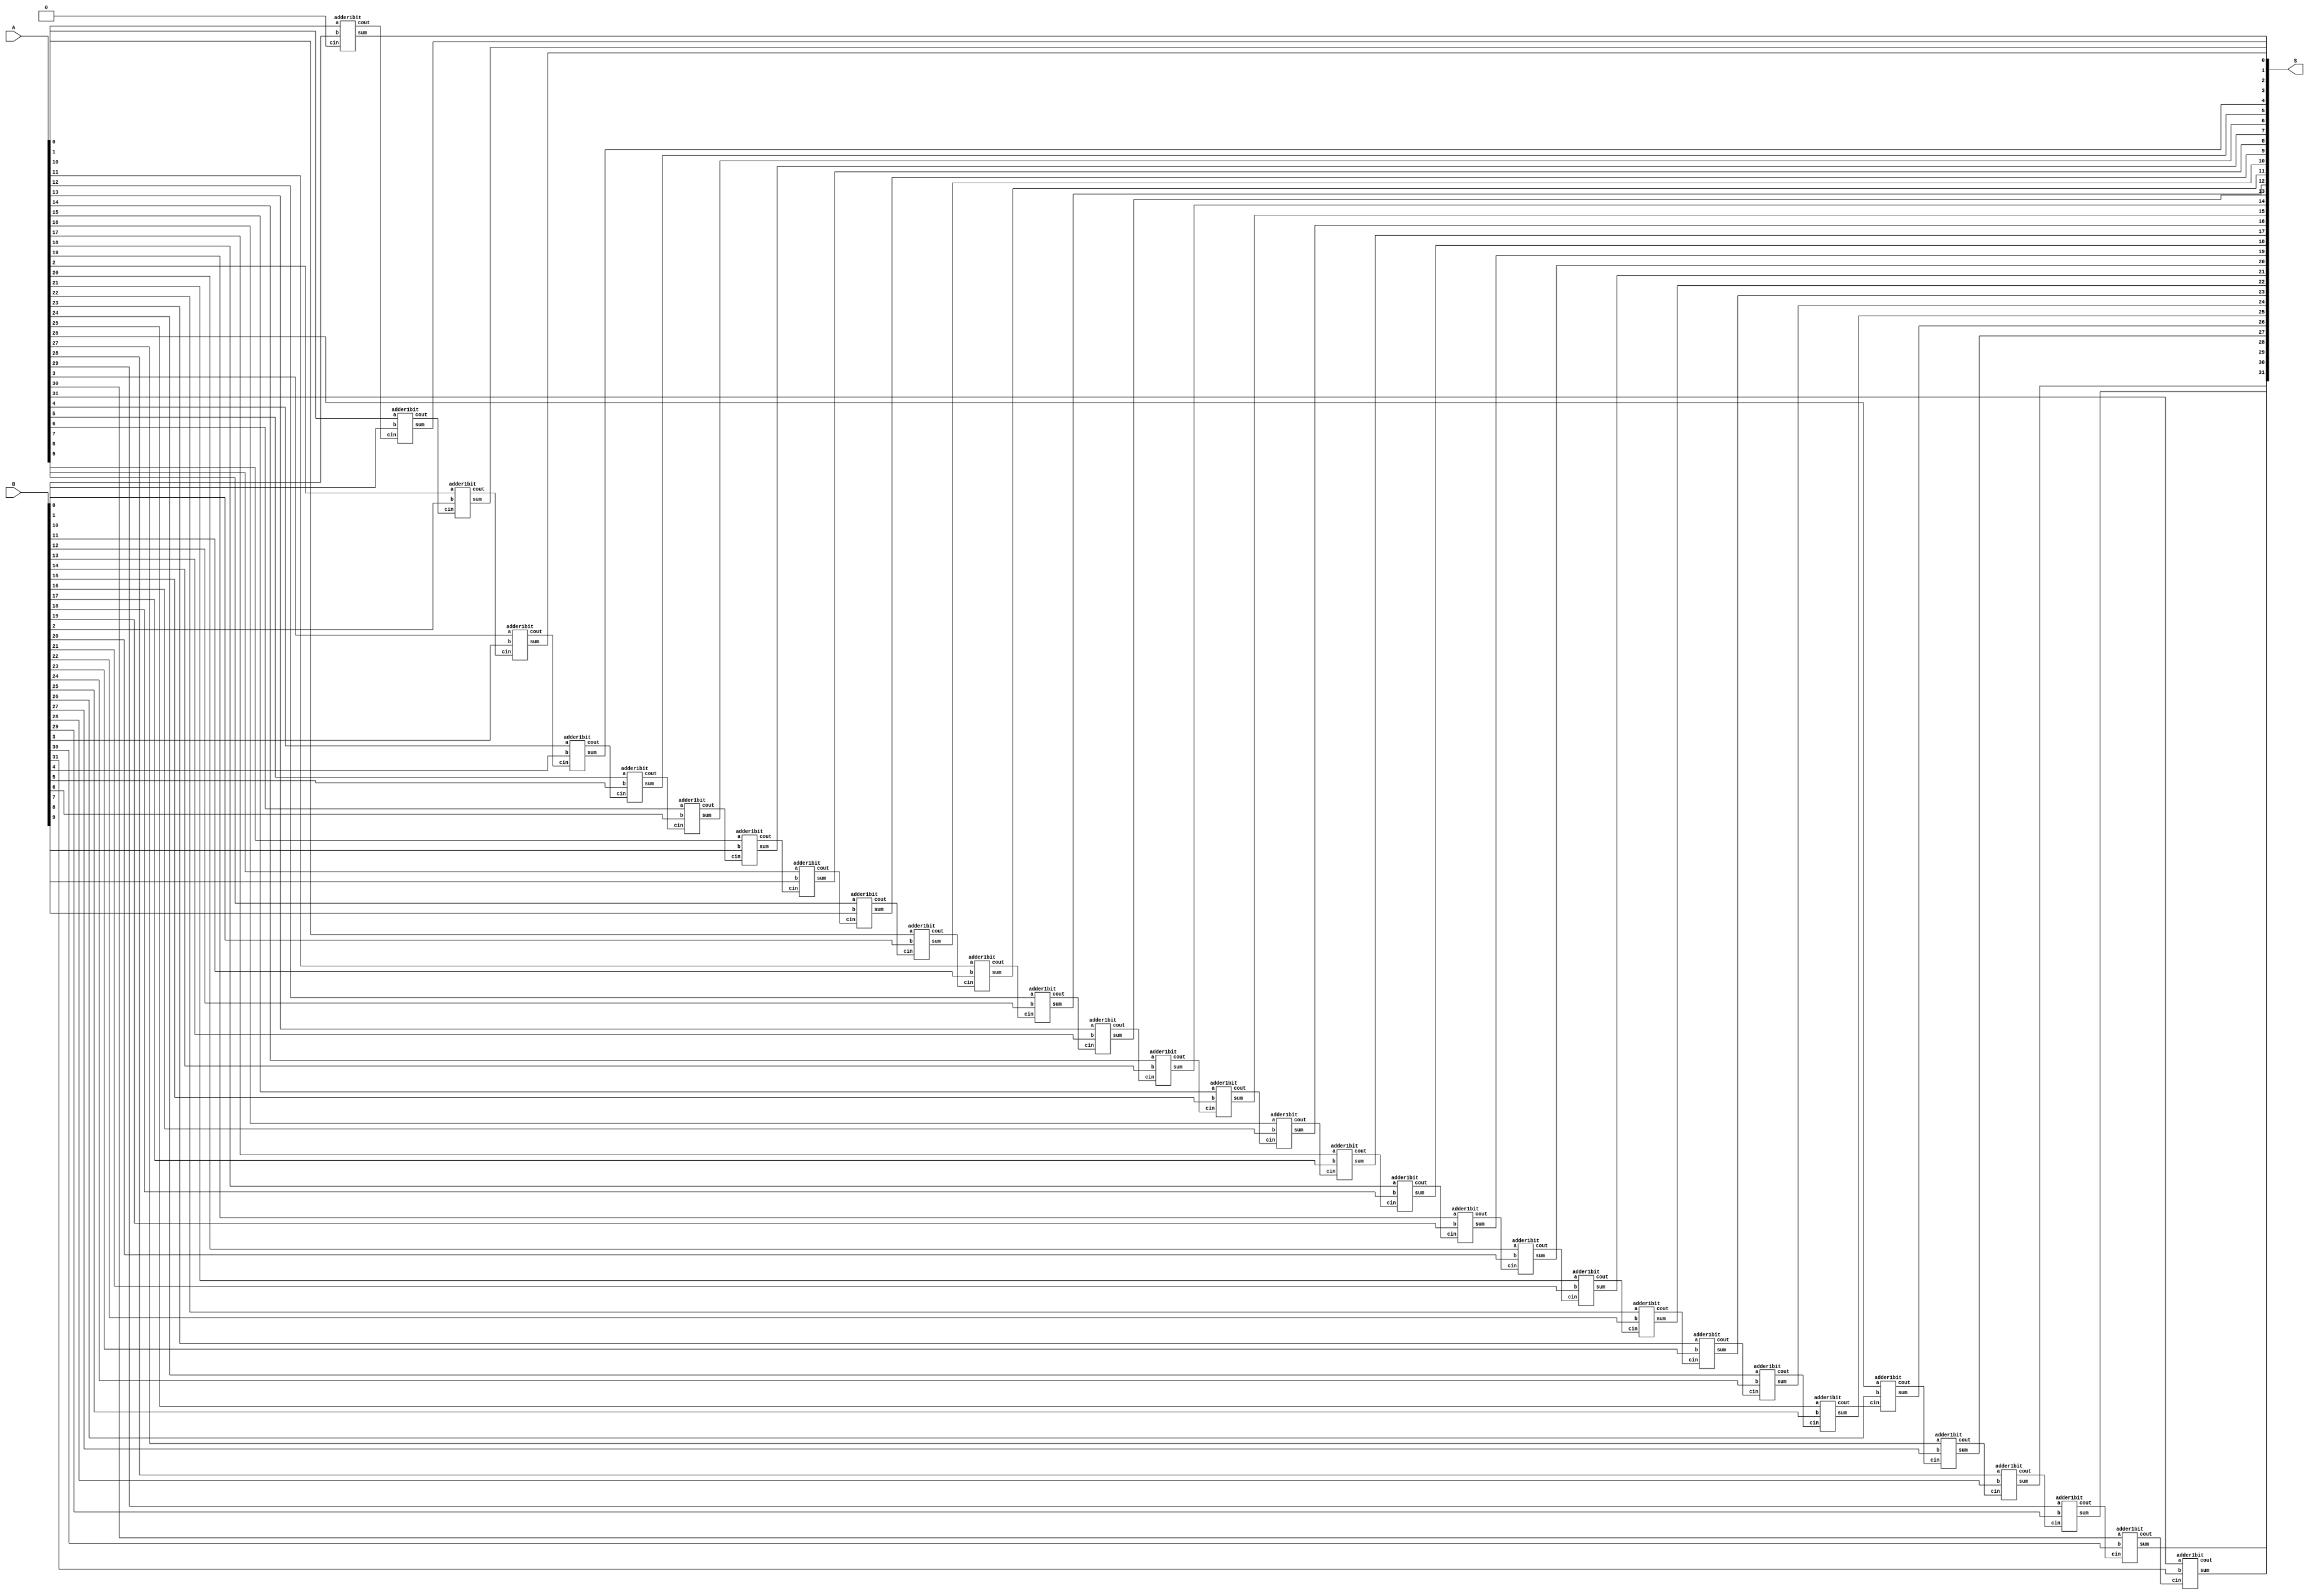
`timescale 1 ps / 100 fs
// fpga4student.com: FPGA projects, Verilog Projects, VHDL projects
// Verilog project: 32-bit 5-stage Pipelined MIPS Processor in Verilog 
// Verilog code for 32-bit adder 
module Add(S,A,B);
output [31:0] S;
input [31:0] A,B;
wire [31:0] C;
 adder1bit adder1bit0(S[0],C[0],A[0],B[0],1'b0);
 adder1bit adder1bit1(S[1],C[1],A[1],B[1],C[0]);
 adder1bit adder1bit2(S[2],C[2],A[2],B[2],C[1]);
 adder1bit adder1bit3(S[3],C[3],A[3],B[3],C[2]);
 adder1bit adder1bit4(S[4],C[4],A[4],B[4],C[3]);
 adder1bit adder1bit5(S[5],C[5],A[5],B[5],C[4]);
 adder1bit adder1bit6(S[6],C[6],A[6],B[6],C[5]);
 adder1bit adder1bit7(S[7],C[7],A[7],B[7],C[6]);
 adder1bit adder1bit8(S[8],C[8],A[8],B[8],C[7]);
 adder1bit adder1bit9(S[9],C[9],A[9],B[9],C[8]);
 adder1bit adder1bit10(S[10],C[10],A[10],B[10],C[9]);
 adder1bit adder1bit11(S[11],C[11],A[11],B[11],C[10]);
 adder1bit adder1bit12(S[12],C[12],A[12],B[12],C[11]);
 adder1bit adder1bit13(S[13],C[13],A[13],B[13],C[12]);
 adder1bit adder1bit14(S[14],C[14],A[14],B[14],C[13]);
 adder1bit adder1bit15(S[15],C[15],A[15],B[15],C[14]);
 adder1bit adder1bit16(S[16],C[16],A[16],B[16],C[15]);
 adder1bit adder1bit17(S[17],C[17],A[17],B[17],C[16]);
 adder1bit adder1bit18(S[18],C[18],A[18],B[18],C[17]);
 adder1bit adder1bit19(S[19],C[19],A[19],B[19],C[18]);
 adder1bit adder1bit20(S[20],C[20],A[20],B[20],C[19]);
 adder1bit adder1bit21(S[21],C[21],A[21],B[21],C[20]);
 adder1bit adder1bit22(S[22],C[22],A[22],B[22],C[21]);
 adder1bit adder1bit23(S[23],C[23],A[23],B[23],C[22]);
 adder1bit adder1bit24(S[24],C[24],A[24],B[24],C[23]);
 adder1bit adder1bit25(S[25],C[25],A[25],B[25],C[24]);
 adder1bit adder1bit26(S[26],C[26],A[26],B[26],C[25]);
 adder1bit adder1bit27(S[27],C[27],A[27],B[27],C[26]);
 adder1bit adder1bit28(S[28],C[28],A[28],B[28],C[27]);
 adder1bit adder1bit29(S[29],C[29],A[29],B[29],C[28]);
 adder1bit adder1bit30(S[30],C[30],A[30],B[30],C[29]);
 adder1bit adder1bit31(S[31],C[31],A[31],B[31],C[30]);

endmodule

//---------------------------------------------------------------------------------------------------

`timescale 1 ps / 100 fs
module adder1bit(sum,cout,a,b,cin);
input   a,b,cin;
output  cout,sum;
// sum = a xor b xor cin
xor #(50) (sum,a,b,cin);
// carry out = a.b + cin.(a+b)
and #(50) and1(c1,a,b);
or #(50) or1(c2,a,b);
and #(50) and2(c3,c2,cin);
or #(50) or2(cout,c1,c3);
endmodule